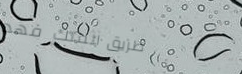
طريق الملك فهد